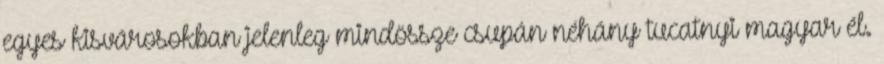
egyes kisvárosokban jelenleg mindössze csupán néhány tucatnyi magyar él.